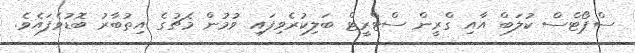
ސްޕޯޓްސް ކުލަބް އާއި ގްރީން ސްޓްރީޓް ބަލިކުރެވިފައި ވުމުން މެޗުގެ އިތުބާރު ބޮޑުވެފައެވެ.